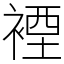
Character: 𧛑